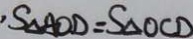
S _ { \Delta A O D } = S _ { \Delta } O C D